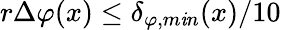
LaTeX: r\Delta\varphi(x)\leq\delta_{\varphi,m\mathit{i}n}(x)/10